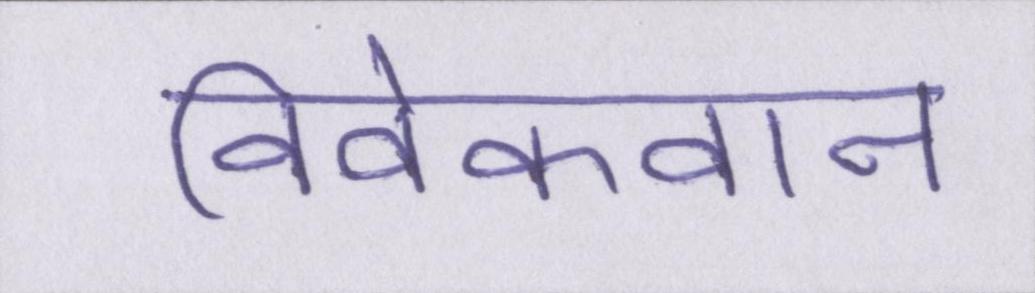
विवेकवान